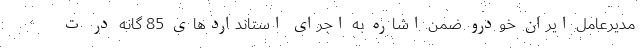
مدیرعامل ایران خودرو ضمن اشاره به اجرای استانداردهای 85 گانه در ت